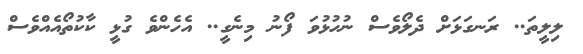
ލިލީތަ.. ރަނގަޅަށް ދެލޯވެސް ނުހުޅުވަ ފޯނު މިނެގީ.. އެހެންވެ ގުޅީ ކާކުތޯއެއްވެސް